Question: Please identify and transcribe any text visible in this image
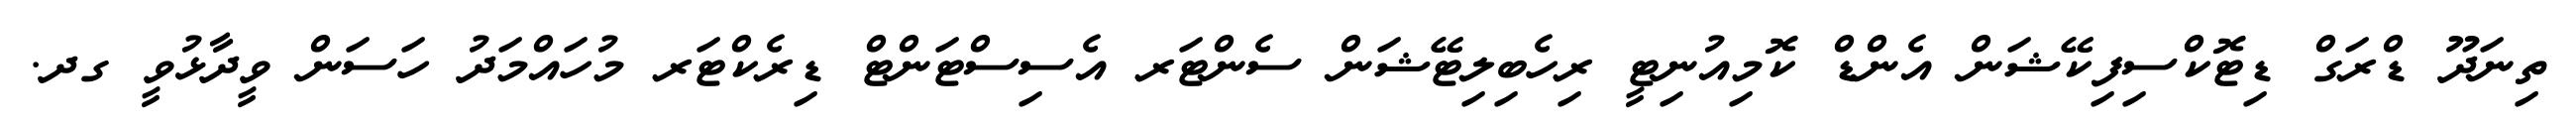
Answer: ތިނަދޫ ޑްރަގް ޑިޓޮކްސިފިކޭޝަން އެންޑް ކޮމިއުނިޓީ ރިހެބިލިޓޭޝަން ސެންޓަރ އެސިސްޓަންޓް ޑިރެކްޓަރ މުހައްމަދު ހަސަން ވީދާޅުވީ ގދ.